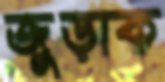
জুড়াক